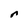
Character: r